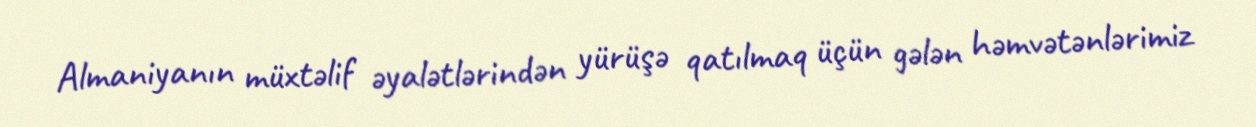
Almaniyanın müxtəlif əyalətlərindən yürüşə qatılmaq üçün gələn həmvətənlərimiz